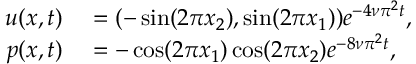
\begin{array} { r l } { \b u ( \b x , t ) } & { { } = ( - \sin ( 2 \pi x _ { 2 } ) , \sin ( 2 \pi x _ { 1 } ) ) e ^ { - 4 \nu \pi ^ { 2 } t } , } \\ { p ( \b x , t ) } & { { } = - \cos ( 2 \pi x _ { 1 } ) \cos ( 2 \pi x _ { 2 } ) e ^ { - 8 \nu \pi ^ { 2 } t } , } \end{array}